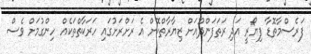
ފަރެސްމާތޮޑާ ފިޔޯރީ އަދި ރަތަފަންދޫއަށް ޒިޔާރާތްކޮށް އެ ރަށްރަށުގައި ހަރަކާތްތަކެއް ހިންގުމަށް ވެސް